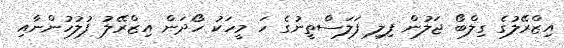
އިޒްރޭލުގެ ގިލްބޯ ޖަލުން ފިލި ފަލަސްތީނުގެ ހަ މީހަކު ހޯދަން އިޒްރޭލު ފުލުހުންނާއި